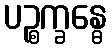
ပဉ္စက္ခန္ဓေ